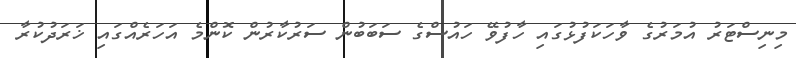
މިނިސްޓަރު އުމަރުގެ ވާހަކަފުޅުގައި ހާފުވޭ ހައުސްގެ ސަބަބުން ސަރުކާރުން ކޮންމެ އަހަރެއްގައި ޚަރަދުކުރާ